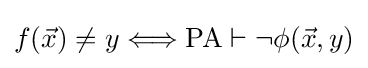
f({\vec {x}})\neq y\Longleftrightarrow \operatorname {PA} \vdash \lnot \phi ({\vec {x}},y)